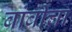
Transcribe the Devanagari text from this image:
बांबींचा